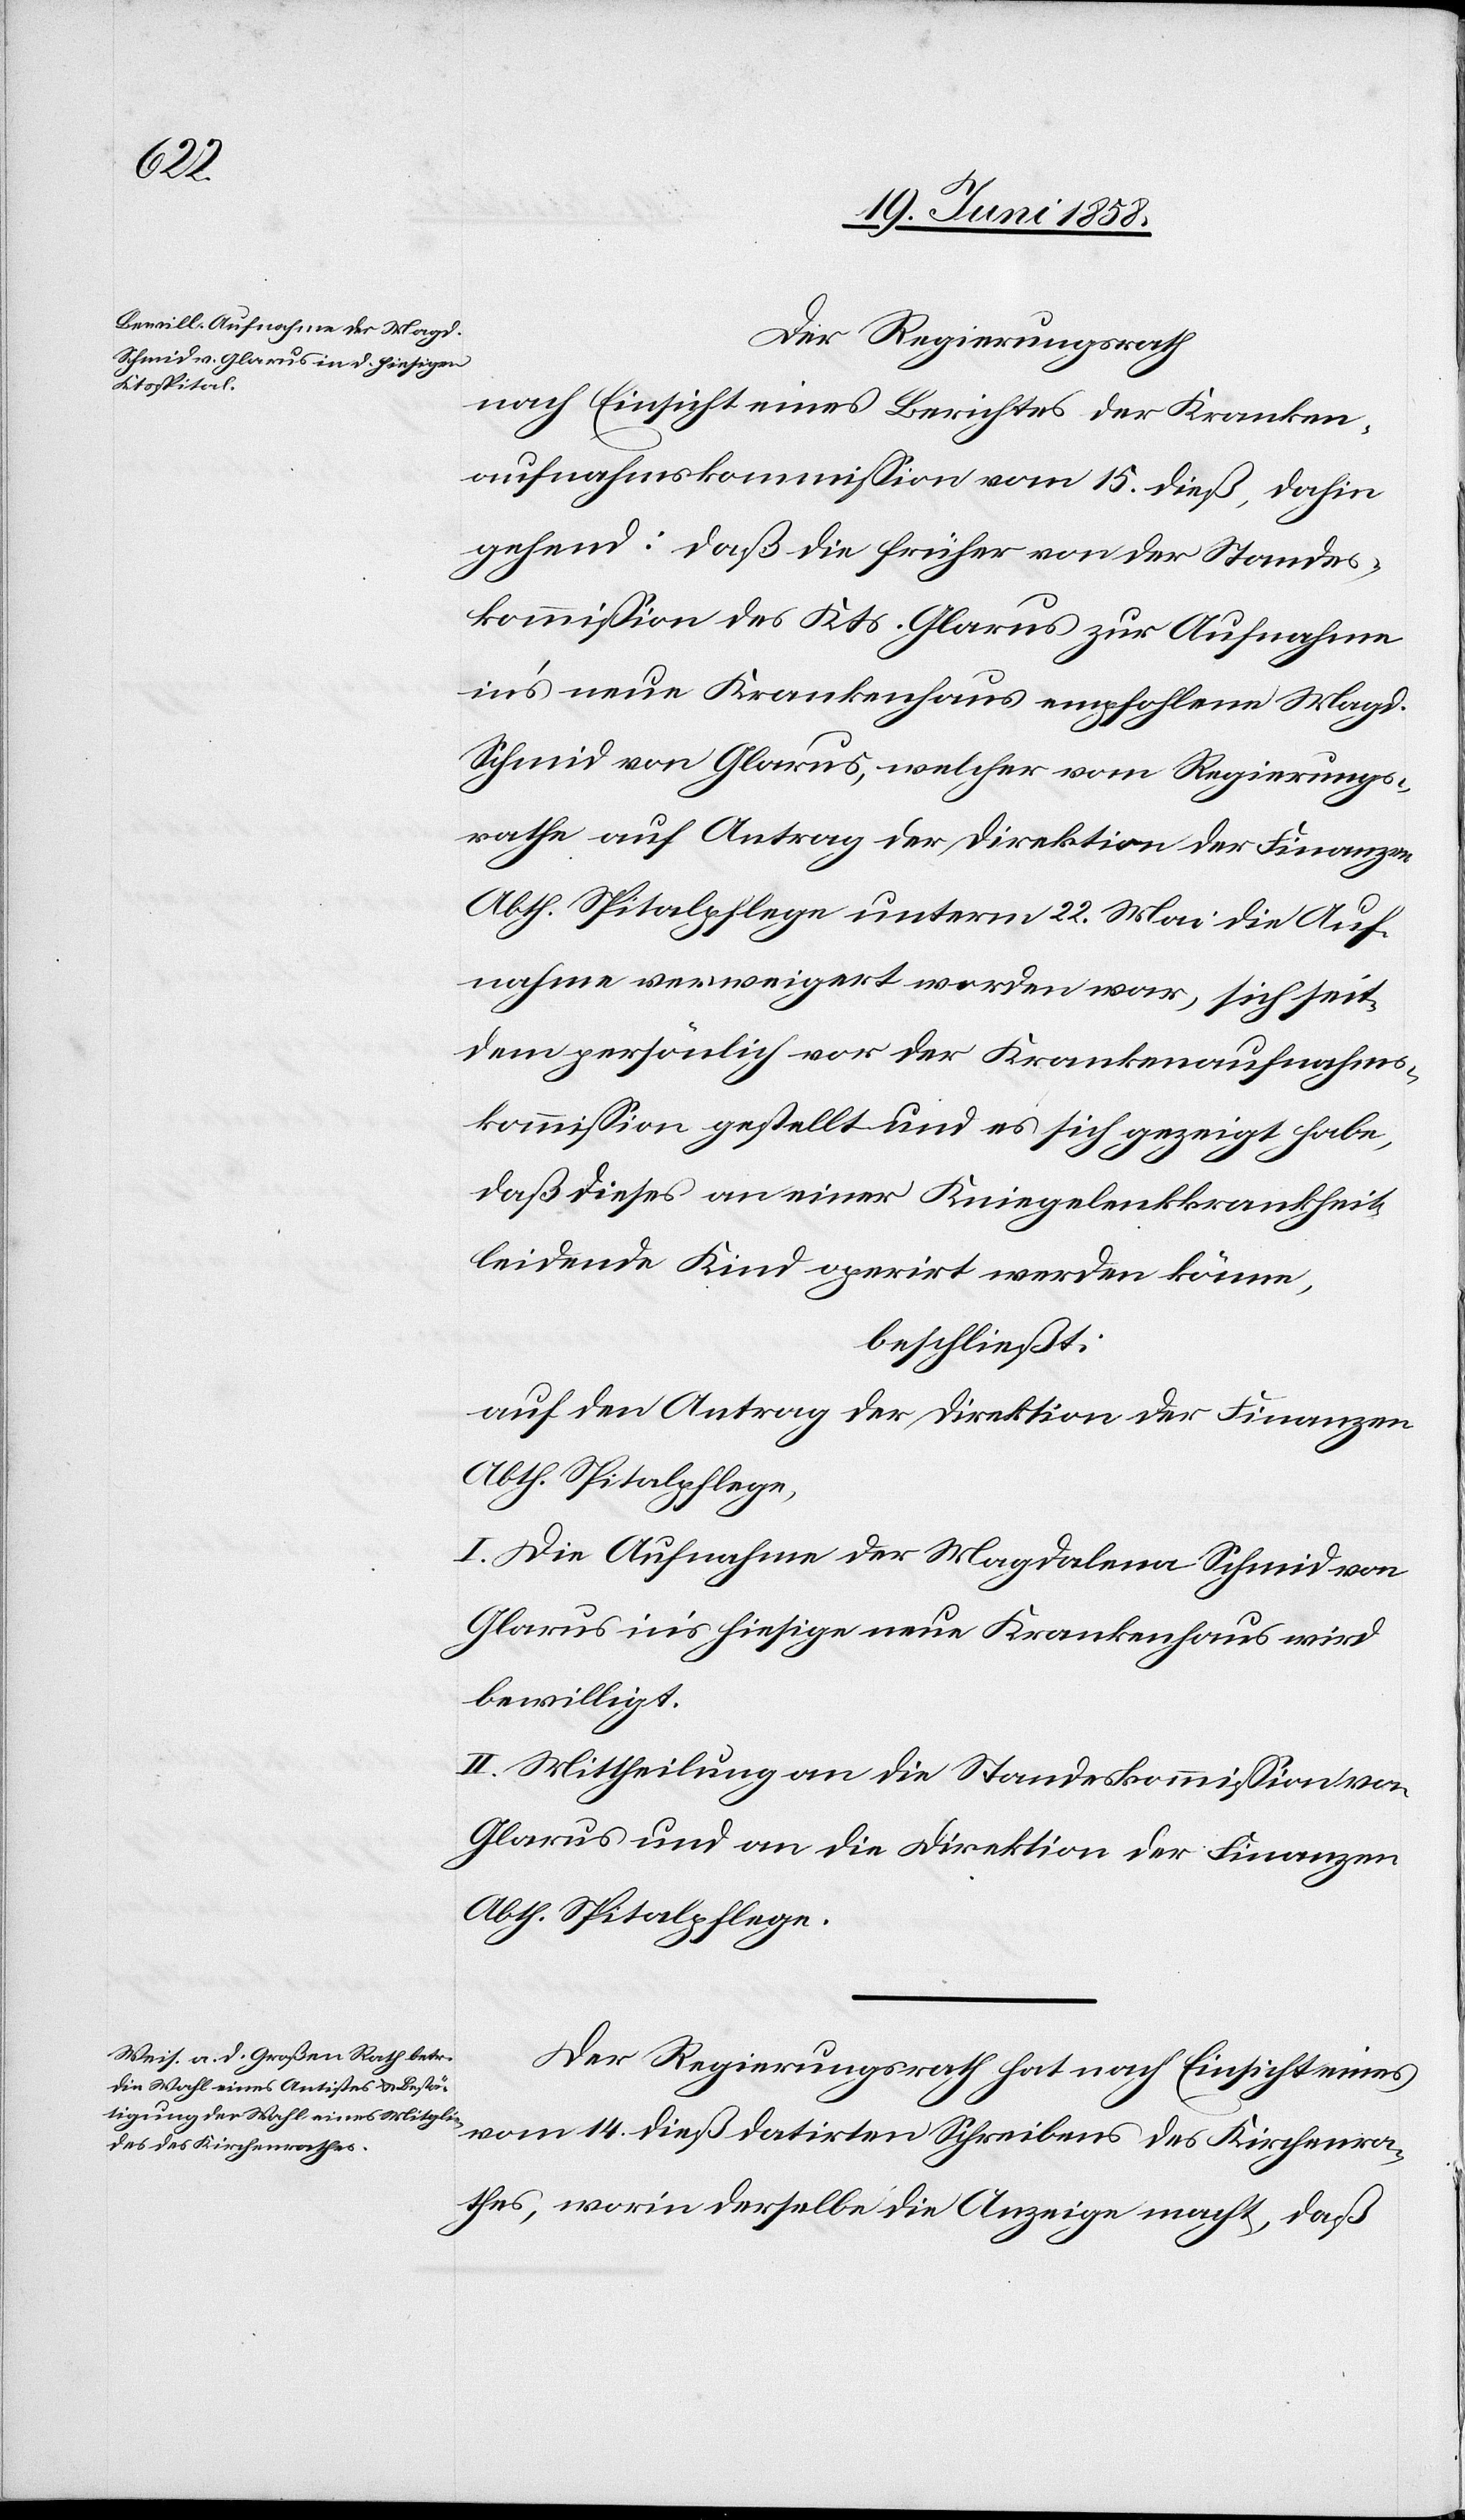
Der Regierungsrath
nach Einsicht eines Berichtes der Kranken¬
aufnahmskommission vom 15. dieß, dahin
gehend: daß die früher von der Standes¬
kommission des Kts. Glarus zur Aufnahme
in’s neue Krankenhaus empfohlene Magd.
Schmid von Glarus, welcher vom Regierungs¬
rathe auf Antrag der Direktion der Finanzen
Abth. Spitalpflege unterm 22. Mai die Auf¬
nahme verweigert worden war, sich seit¬
dem persönlich vor der Krankenaufnahms¬
kommission gestellt und es sich gezeigt habe,
daß dieses an einer Kniegelenkkrankheit
leidende Kind operirt werden könne,
beschließt:
auf den Antrag der Direktion der Finanzen
Abth. Spitalpflege,
I. Die Aufnahme der Magdalena Schmid von
Glarus in’s hiesige neue Krankenhaus wird
bewilligt.
II. Mittheilung an die Standeskommission von
Glarus und an die Direktion der Finanzen
Abth. Spitalpflege.
Der Regierungsrath hat nach Einsicht eines
vom 14. dieß datirten Schreibens des Kirchenra¬
thes, worin derselbe die Anzeige macht, daß